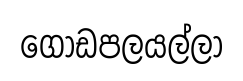
ගොඩපලයල්ලා